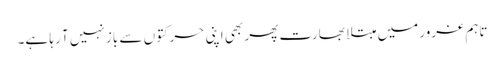
تاہم غرور میں مبتلا بھارت پھر بھی اپنی حرکتوں سے باز نہیں آ رہا ہے۔